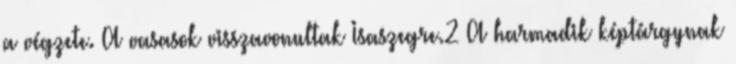
a végzete. A vasasok visszavonultak Isaszegre.2 A harmadik képtárgynak